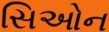
સિઓન